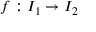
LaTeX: f : I _ { 1 } \to I _ { 2 }